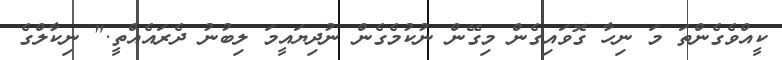
ކީއްވެގެންތަ މަ ނިހާ ގޮވައިގެން މިގޭން ނުކުމެގެން ނުދިޔައީމަ ލިބުނު ދެރައެއްތީ." ނިކާލްގެ